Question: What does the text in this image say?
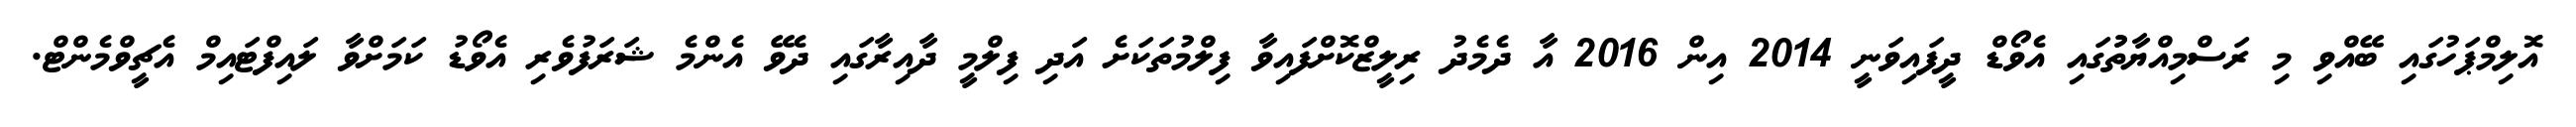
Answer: އޮލިމްޕަހުގައި ބޭއްވި މި ރަސްމިއްޔާތުުގައި އެވޯޑް ދީފައިވަނީ 2014 އިން 2016 އާ ދެމެދު ރިލީޒްކޮށްފައިވާ ފިލްމުތަކަށެ އަދި ފިލްމީ ދާއިރާގައި ދެވޭ އެންމެ ޝަރަފުވެރި އެވޯޑު ކަމަށްވާ ލައިފްޓައިމް އެޗީވްމެންޓް.